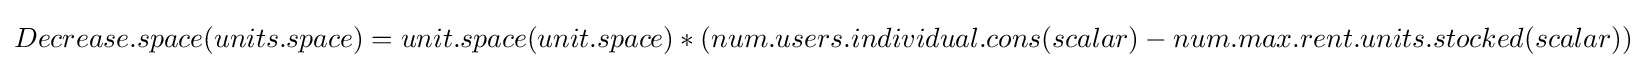
Decrease.space(units.space)=unit.space(unit.space)*(num.users.individual.cons(scalar)-num.max.rent.units.stocked(scalar))